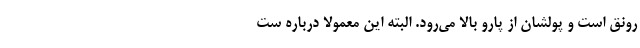
رونق است و پولشان از پارو بالا می‌رود. البته این معمولا درباره ست